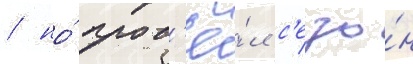
/ но́ пров'ё́л с'езо́н